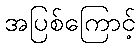
အပြစ်ကြောင့်